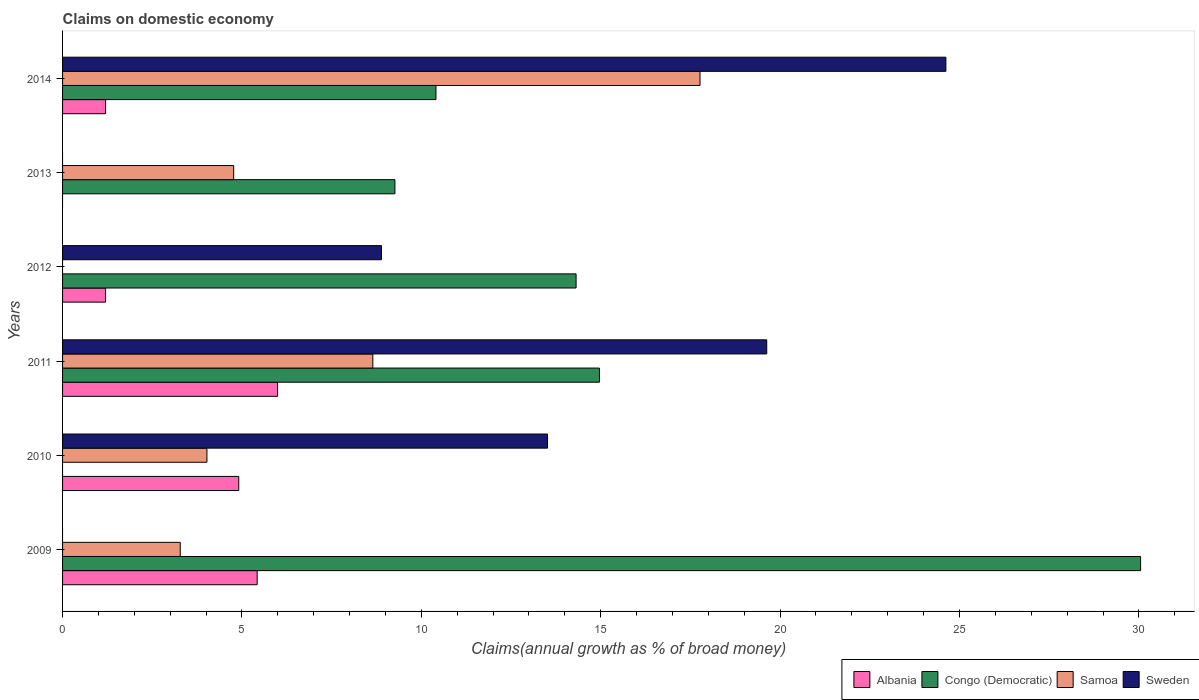
| Years | Albania | Congo (Democratic) | Samoa | Sweden |
 | --- | --- | --- | --- | --- |
 | 2009 | 5.42 | 30 | 3.28 | -11.6 |
 | 2010 | 4.91 | -1.79 | 4.02 | 13.5 |
 | 2011 | 5.99 | 15 | 8.65 | 19.6 |
 | 2012 | 1.2 | 14.3 | -0.54 | 8.89 |
 | 2013 | -0.596 | 9.26 | 4.77 | -1.16 |
 | 2014 | 1.2 | 10.4 | 17.8 | 24.6 |